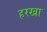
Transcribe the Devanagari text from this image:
हरखा